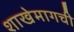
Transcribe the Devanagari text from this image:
शाखेमागची